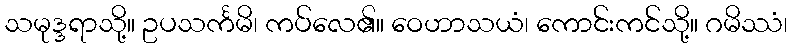
သမုဒ္ဒရာသို့။ ဥပသင်္ကမိ၊ ကပ်လေ၏။ ဝေဟာသယံ၊ ကောင်းကင်သို့။ ဂမိဿံ၊